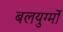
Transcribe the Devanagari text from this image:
बलयुग्मों